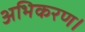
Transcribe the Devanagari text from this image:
अभिकरण।